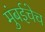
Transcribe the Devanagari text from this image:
मुंबईचेच